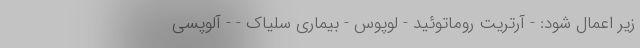
زیر اعمال شود: - آرتریت روماتوئید - لوپوس - بیماری سلیاک - - آلوپسی